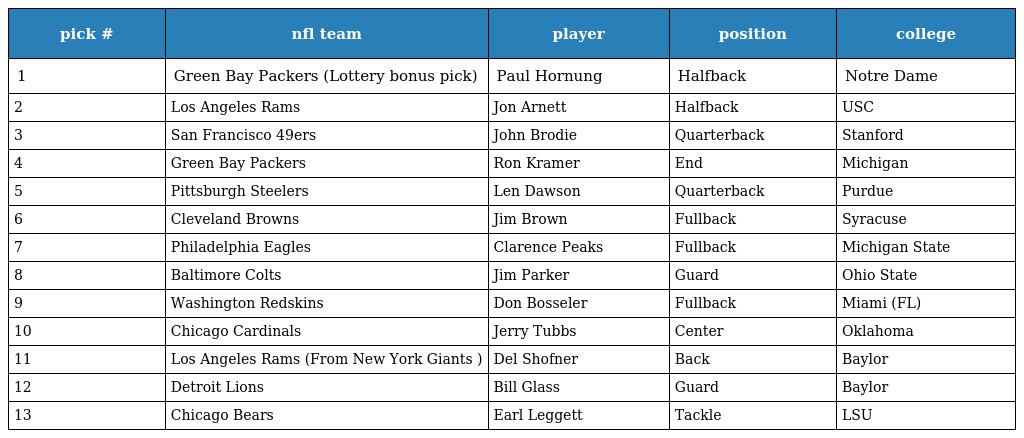
| pick # | nfl team | player | position | college |
 | --- | --- | --- | --- | --- |
 | 1 | Green Bay Packers (Lottery bonus pick) | Paul Hornung | Halfback | Notre Dame |
 | 2 | Los Angeles Rams | Jon Arnett | Halfback | USC |
 | 3 | San Francisco 49ers | John Brodie | Quarterback | Stanford |
 | 4 | Green Bay Packers | Ron Kramer | End | Michigan |
 | 5 | Pittsburgh Steelers | Len Dawson | Quarterback | Purdue |
 | 6 | Cleveland Browns | Jim Brown | Fullback | Syracuse |
 | 7 | Philadelphia Eagles | Clarence Peaks | Fullback | Michigan State |
 | 8 | Baltimore Colts | Jim Parker | Guard | Ohio State |
 | 9 | Washington Redskins | Don Bosseler | Fullback | Miami (FL) |
 | 10 | Chicago Cardinals | Jerry Tubbs | Center | Oklahoma |
 | 11 | Los Angeles Rams (From New York Giants ) | Del Shofner | Back | Baylor |
 | 12 | Detroit Lions | Bill Glass | Guard | Baylor |
 | 13 | Chicago Bears | Earl Leggett | Tackle | LSU |